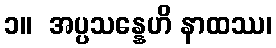
၁။  အပ္ပသန္နေဟိ နာထဿ၊